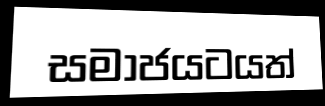
සමාජයටයත්